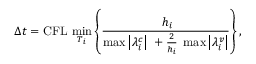
\Delta t = \mathrm { C F L } \, \operatorname* { m i n } _ { T _ { i } } \left\lbrace \frac { \; h _ { i } } { \operatorname* { m a x } \left| \lambda _ { i } ^ { c } \right| \; + \frac { 2 } { h _ { i } } \; \operatorname* { m a x } \left| \lambda _ { i } ^ { v } \right| } \right\rbrace ,